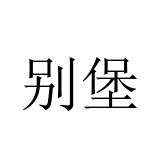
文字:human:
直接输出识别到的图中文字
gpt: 别堡